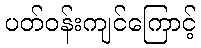
ပတ်ဝန်းကျင်ကြောင့်